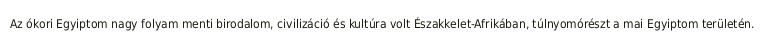
Az ókori Egyiptom nagy folyam menti birodalom, civilizáció és kultúra volt Északkelet-Afrikában, túlnyomórészt a mai Egyiptom területén.